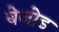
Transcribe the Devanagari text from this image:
बेजो़ड